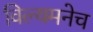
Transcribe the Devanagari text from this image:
विल्यमनेच